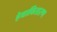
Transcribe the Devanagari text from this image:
हेवावितारण